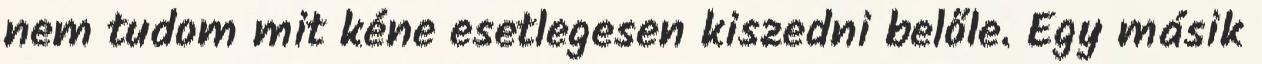
nem tudom mit kéne esetlegesen kiszedni belőle. Egy másik